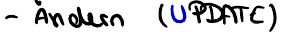
- Ändern (UPDATE)